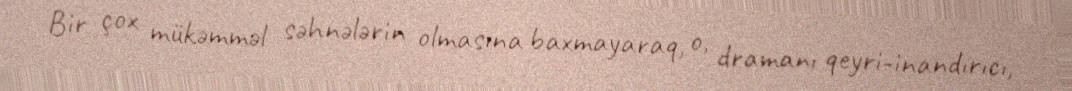
Bir çox mükəmməl səhnələrin olmasına baxmayaraq, o, dramanı qeyri-inandırıcı,